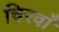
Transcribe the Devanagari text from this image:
चिरवाँ